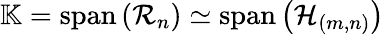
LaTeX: \begin{array}{r}{\mathbb{K}=\operatorname{span}\left(\mathcal{R}_{n}\right)\simeq\operatorname{span}\left(\mathcal{H}_{\left(m,n\right)}\right)}\end{array}